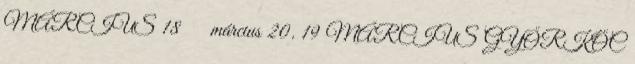
MÁRCIUS 18 március 20. 19 MÁRCIUS GYŐRKŐC